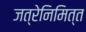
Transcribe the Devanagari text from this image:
जत्रेनिमित्त